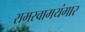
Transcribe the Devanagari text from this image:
रामस्वामयंगार